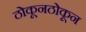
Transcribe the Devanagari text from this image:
ठोकूनठोकून